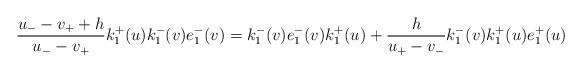
LaTeX: \begin{align*}\frac{u_{-}-v_{+}+h}{u_{-}-v_{+}}k_{1}^{+}(u)k_{1}^{-}(v)e_{1}^{-}(v)=k_{1}^{-}(v)e_{1}^{-}(v)k_{1}^{+}(u)+\frac{h}{u_{+}-v_{-}}k_{1}^{-}(v)k_{1}^{+}(u)e_{1}^{+}(u)\end{align*}